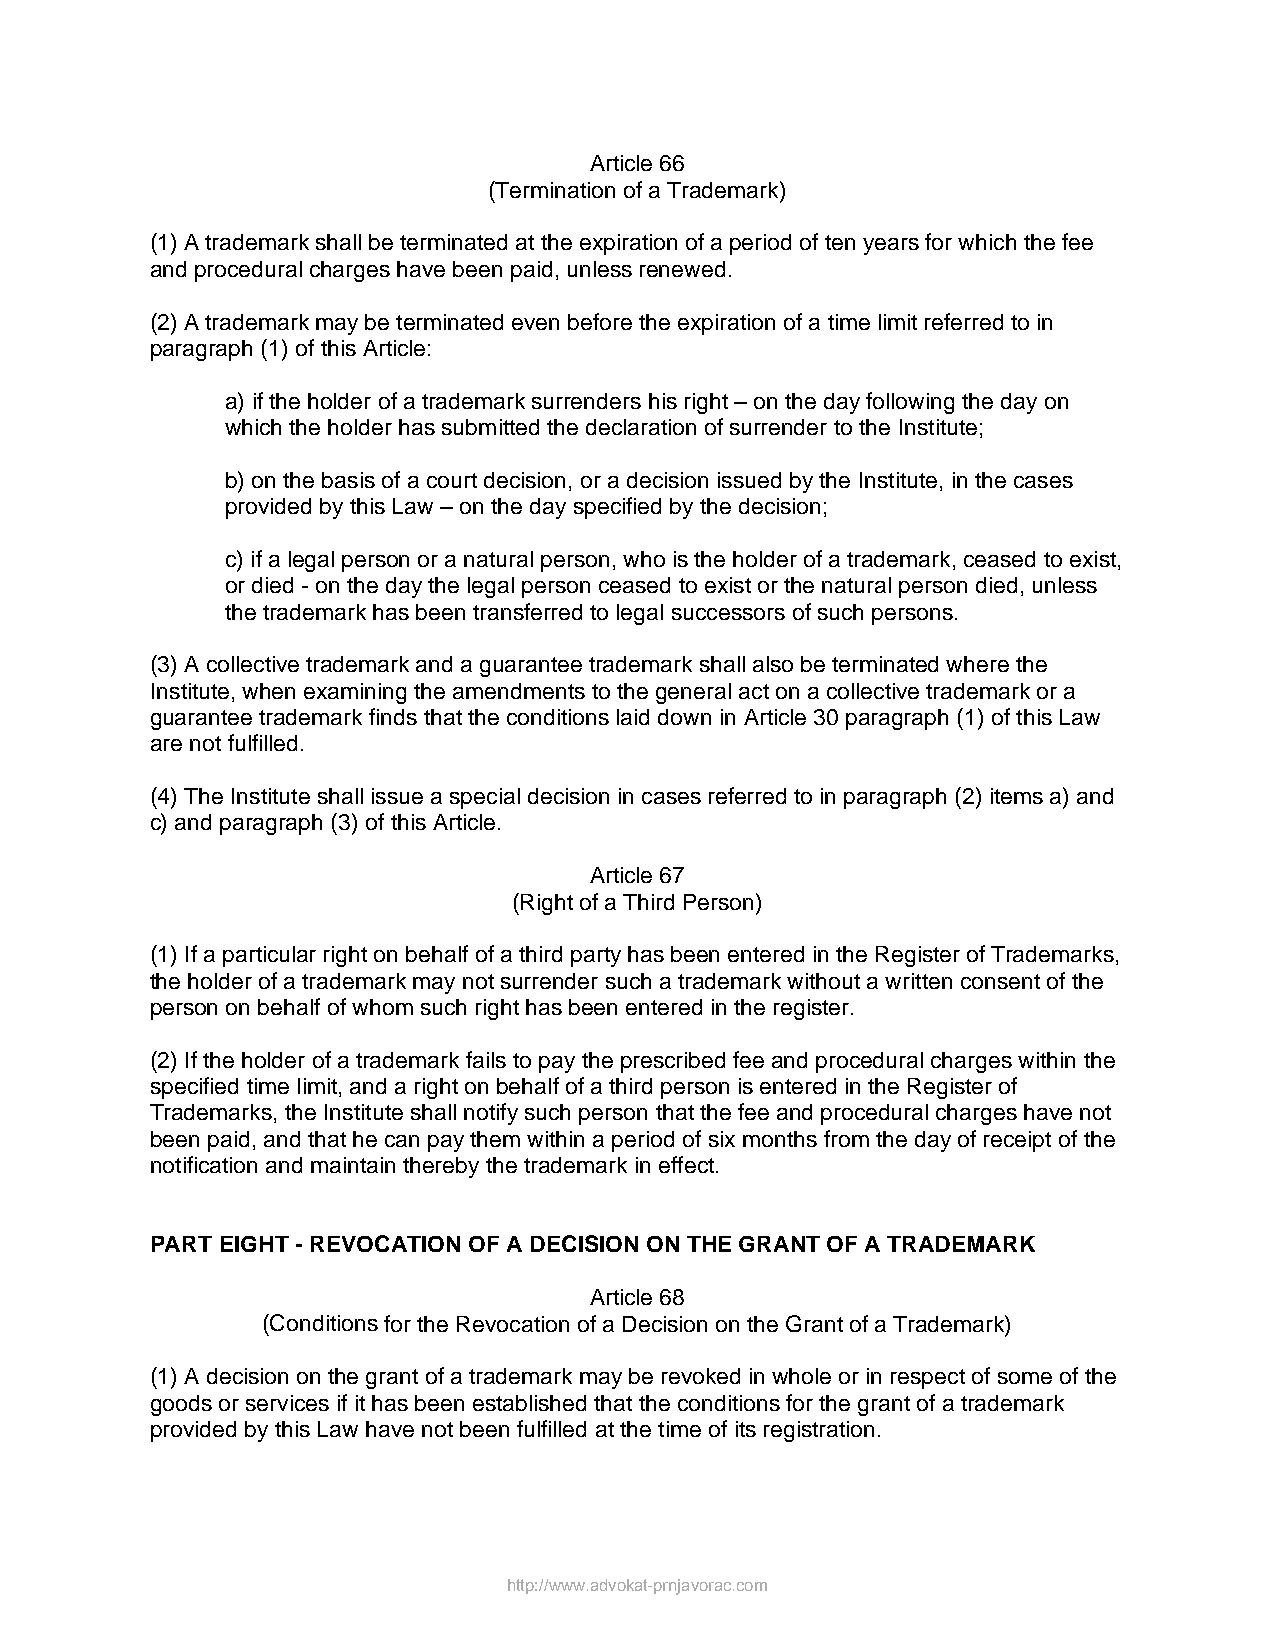
Article 66
 (Termination of a Trademark)
 (1) A trademark shall be terminated at the expiration of a period of ten years for which the fee
 and procedural charges have been paid, unless renewed.
 (2) A trademark may be terminated even before the expiration of a time limit referred to in
 paragraph (1) of this Article:
 a) if the holder of a trademark surrenders his right – on the day following the day on
 which the holder has submitted the declaration of surrender to the Institute;
 b) on the basis of a court decision, or a decision issued by the Institute, in the cases
 provided by this Law – on the day specified by the decision;
 c) if a legal person or a natural person, who is the holder of a trademark, ceased to exist,
 or died - on the day the legal person ceased to exist or the natural person died, unless
 the trademark has been transferred to legal successors of such persons.
 (3) A collective trademark and a guarantee trademark shall also be terminated where the
 Institute, when examining the amendments to the general act on a collective trademark or a
 guarantee trademark finds that the conditions laid down in Article 30 paragraph (1) of this Law
 are not fulfilled.
 (4) The Institute shall issue a special decision in cases referred to in paragraph (2) items a) and
 c) and paragraph (3) of this Article.
 Article 67
 (Right of a Third Person)
 (1) If a particular right on behalf of a third party has been entered in the Register of Trademarks,
 the holder of a trademark may not surrender such a trademark without a written consent of the
 person on behalf of whom such right has been entered in the register.
 (2) If the holder of a trademark fails to pay the prescribed fee and procedural charges within the
 specified time limit, and a right on behalf of a third person is entered in the Register of
 Trademarks, the Institute shall notify such person that the fee and procedural charges have not
 been paid, and that he can pay them within a period of six months from the day of receipt of the
 notification and maintain thereby the trademark in effect.
 PART EIGHT - REVOCATION OF A DECISION ON THE GRANT OF A TRADEMARK
 Article 68
 (Conditions for the Revocation of a Decision on the Grant of a Trademark)
 (1) A decision on the grant of a trademark may be revoked in whole or in respect of some of the
 goods or services if it has been established that the conditions for the grant of a trademark
 provided by this Law have not been fulfilled at the time of its registration.
 http://www.advokat-prnjavorac.com